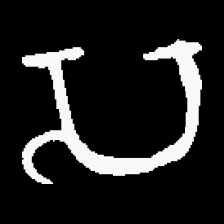
Pyu character \u2014 Myanmar letter: သ (romanized: sa)